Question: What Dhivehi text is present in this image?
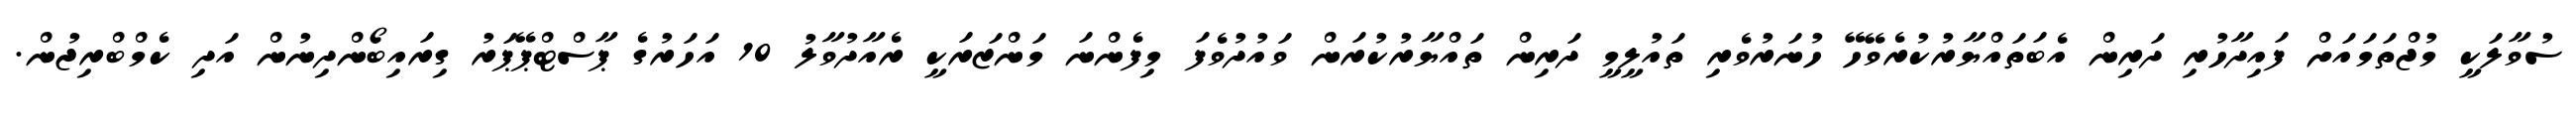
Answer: ސުވާލަކީ މުޖްތަމައަށް ފައިދާހުރި ދަރިން އެބަތައްޔާރުކުރެވޭހޭ ހުނަރުވެރި ތައުލީމީ ދަރިން ތައްޔާރުކުރަން ވައުދުވެފަ މިފެންނަ މަންޒަރަކީ ރެއާދުވާލު 10 އަހަރުގެ ޕާސްޓްޕޭޕަރު ގިރައިބޯންދިނުން އަދި ކެމްބްރިޖުން.